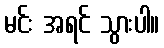
မင်း အရင် သွားပါ။